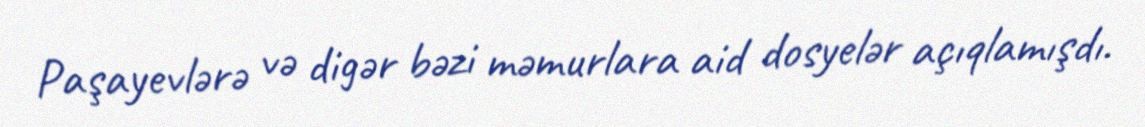
Paşayevlərə və digər bəzi məmurlara aid dosyelər açıqlamışdı.